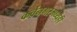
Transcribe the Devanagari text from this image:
कर्वेनगरमध्येही